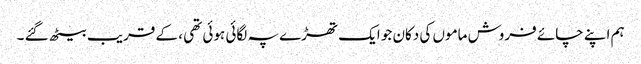
ہم اپنے چائے فروش ماموں کی دکان جو ایک تھڑے پہ لگائی ہوئی تھی ، کے قریب بیٹھ گئے ۔